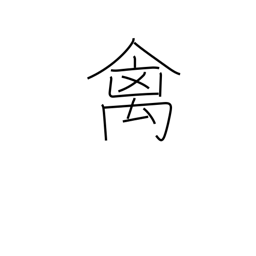
Meaning: bird